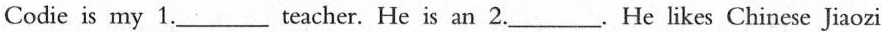
Codie is my 1.___teacher. He is an 2.___.He likes Chinese Jiaozi